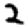
Digit: 2